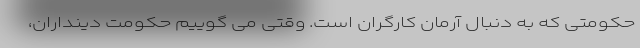
حکومتی که به دنبال آرمان کارگران است. وقتی می گوییم حکومت دینداران،